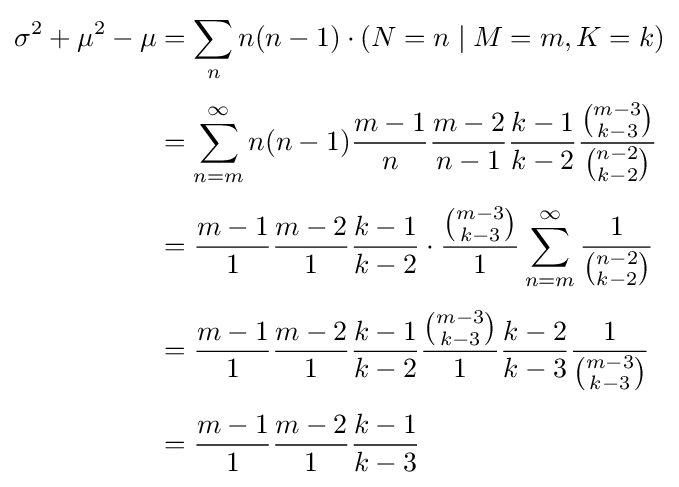
{\begin{aligned}\sigma ^{2}+\mu ^{2}-\mu &=\sum _{n}n(n-1)\cdot (N=n\mid M=m,K=k)\\[4pt]&=\sum _{n=m}^{\infty }n(n-1){\frac {m-1}{n}}{\frac {m-2}{n-1}}{\frac {k-1}{k-2}}{\frac {\binom {m-3}{k-3}}{\binom {n-2}{k-2}}}\\[4pt]&={\frac {m-1}{1}}{\frac {m-2}{1}}{\frac {k-1}{k-2}}\cdot {\frac {\binom {m-3}{k-3}}{1}}\sum _{n=m}^{\infty }{\frac {1}{\binom {n-2}{k-2}}}\\[4pt]&={\frac {m-1}{1}}{\frac {m-2}{1}}{\frac {k-1}{k-2}}{\frac {\binom {m-3}{k-3}}{1}}{\frac {k-2}{k-3}}{\frac {1}{\binom {m-3}{k-3}}}\\[4pt]&={\frac {m-1}{1}}{\frac {m-2}{1}}{\frac {k-1}{k-3}}\end{aligned}}